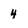
Character: 4